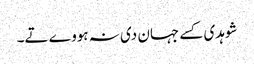
شوہدی کسے جہان دی نہ ہووے تے۔